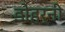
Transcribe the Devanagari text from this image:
डोहर्नी